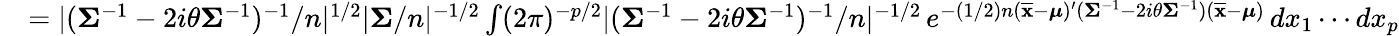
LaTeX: {\begin{array}{rl}&{=|({\boldsymbol{\Sigma}}^{-1}-2i\theta{\boldsymbol{\Sigma}}^{-1})^{-1}/n|^{1/2}|{\boldsymbol{\Sigma}}/n|^{-1/2}\int(2\pi)^{-p/2}|({\boldsymbol{\Sigma}}^{-1}-2i\theta{\boldsymbol{\Sigma}}^{-1})^{-1}/n|^{-1/2}\, e^{-(1/2)n({\overline{{\mathbf{x}}}}-{\boldsymbol{\mu}})^{\prime}({\boldsymbol{\Sigma}}^{-1}-2i\theta{\boldsymbol{\Sigma}}^{-1})({\overline{{\mathbf{x}}}}-{\boldsymbol{\mu}})}\, dx_{1}\cdots dx_{p}}\end{array}}